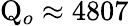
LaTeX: \mathrm{Q}_{o}\approx 4807